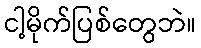
ငါ့မိုက်ပြစ်တွေဘဲ။